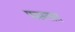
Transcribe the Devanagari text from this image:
फसतात